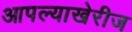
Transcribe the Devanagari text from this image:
आपल्याखेरीज